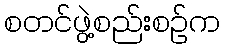
စတင်ဖွဲ့စည်းစဉ်က